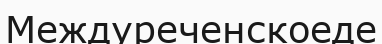
Междуреченскоеде